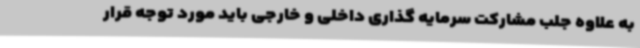
به علاوه جلب مشارکت سرمایه گذاری داخلی و خارجی باید مورد توجه قرار